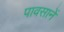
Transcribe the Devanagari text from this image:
पावसानें